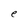
Character: e